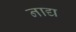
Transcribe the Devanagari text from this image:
नाद्य